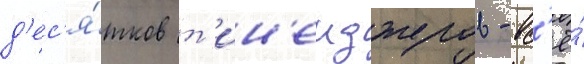
д'ес'я́тков т'ин'еиджеров - вс'ё́